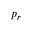
p _ { r }